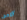
الامم